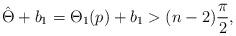
LaTeX: \begin{align*}\hat{\Theta}+b_{1} = \Theta_1(p) +b_1 > (n-2)\frac{\pi}{2},\end{align*}